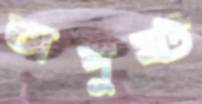
অপুষ্ট